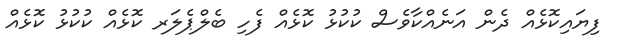
ފިޔައިކޮޅެއް ދެން އަނެއްކާވެސް ކުކުޅު ކޮޅެއް ފެހި ބެލްޕެލަރ ކޮޅެއް ކުކުޅު ކޮޅެއް